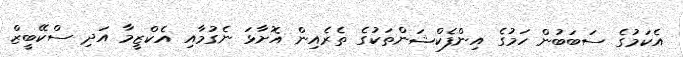
އެކަމުގެ ސަބަބުން ހަމުގެ އިންފެކްޝަންތަކުގެ ތެރެއިން އޮށާޅަ ނެގުމާއި އެކްޒީމާ އަދި ސްކޭބީޒް